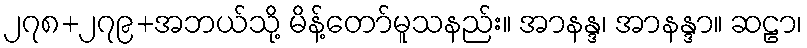
၂၇၈+၂၇၉+အဘယ်သို့ မိန့်တော်မူသနည်း။ အာနန္ဒ၊ အာနန္ဒာ။ ဆဠာ၊